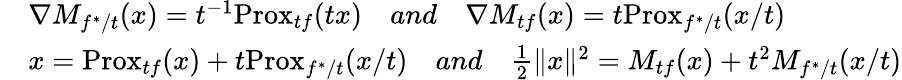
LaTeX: \begin{array}{rl}&{\nabla M_{f^{*}/t}(x)=t^{-1}\mathrm{Prox}_{tf}(tx)\quad and\quad\nabla M_{tf}(x)=t\mathrm{Prox}_{f^{*}/t}(x/t)}\\ &{x=\mathrm{Prox}_{tf}(x)+t\mathrm{Prox}_{f^{*}/t}(x/t)\quad and\quad\frac{1}{2}\| x\| ^{2}=M_{tf}(x)+t^{2}M_{f^{*}/t}(x/t)}\end{array}